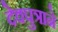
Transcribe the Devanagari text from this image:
देवपुत्राने